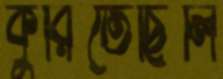
কুরিতেছিলি